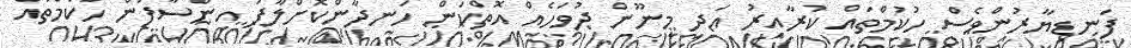
ފަނޑިޔާރުންވެސް ހުކުމްތައް ކުރާއިރު އަދި މިނޫން ދުވަހެއް އޮތްކަން ހަނދާންކޮށްލާފަ އިންސާފުން ހުކުމްތައް